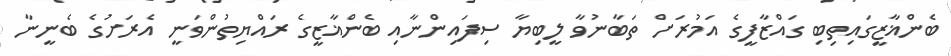
ބެންޣާޒީގައިތިބި ގައްޒާފީގެ އަމުރަށް ތަބާނުވާ ލީބިޔާ ސިފައިންނާއި ބެންޣާޒީގެ ރައްޔިތުންވަނީ އެރަށުގެ ބެނީނާ